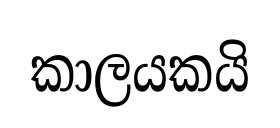
කාලයකයි